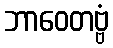
ဘာဝေတဗ္ဗံ